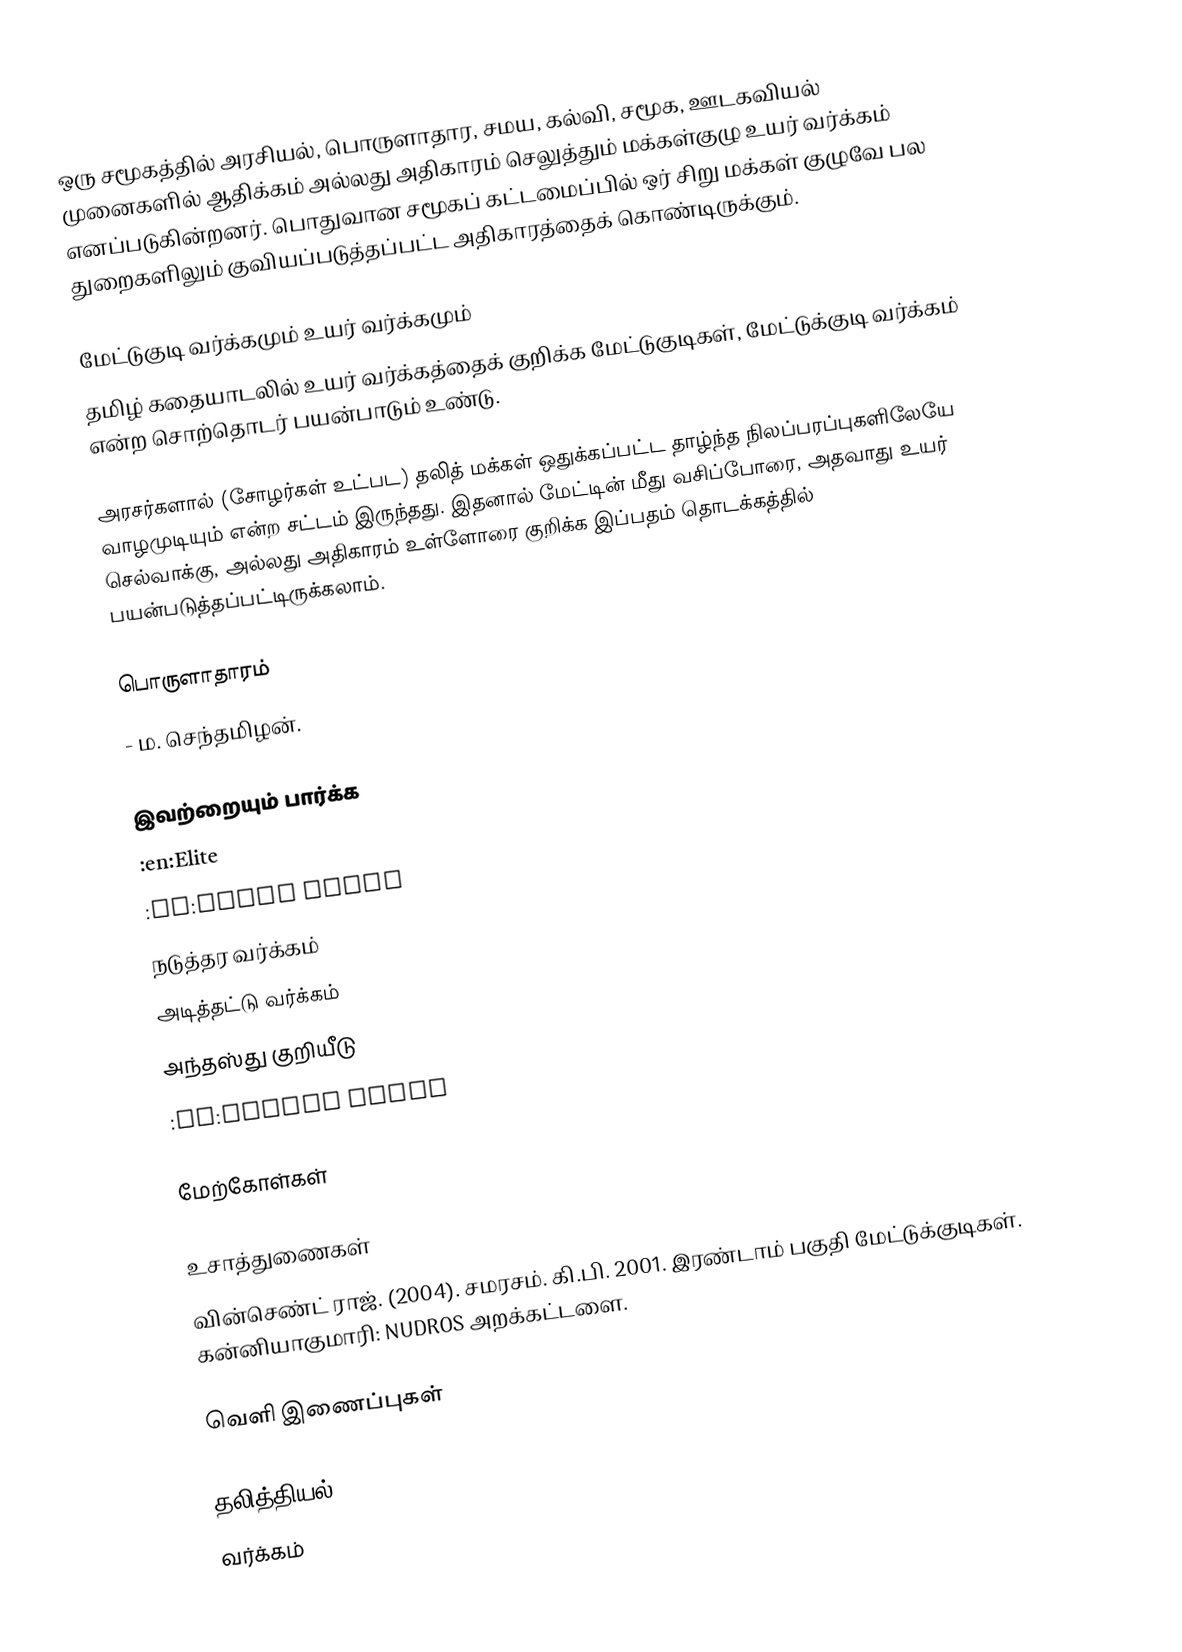
ஒரு சமூகத்தில் அரசியல், பொருளாதார, சமய, கல்வி, சமூக, ஊடகவியல் முனைகளில் ஆதிக்கம் அல்லது அதிகாரம் செலுத்தும் மக்கள்குழு உயர் வர்க்கம் எனப்படுகின்றனர்.  பொதுவான சமூகப் கட்டமைப்பில் ஒர் சிறு மக்கள் குழுவே பல துறைகளிலும் குவியப்படுத்தப்பட்ட அதிகாரத்தைக் கொண்டிருக்கும்.

மேட்டுகுடி வர்க்கமும் உயர் வர்க்கமும்
தமிழ் கதையாடலில் உயர் வர்க்கத்தைக் குறிக்க மேட்டுகுடிகள், மேட்டுக்குடி வர்க்கம் என்ற சொற்தொடர் பயன்பாடும் உண்டு.

அரசர்களால் (சோழர்கள் உட்பட) தலித் மக்கள் ஒதுக்கப்பட்ட தாழ்ந்த நிலப்பரப்புகளிலேயே வாழமுடியும் என்ற சட்டம் இருந்தது.  இதனால் மேட்டின் மீது வசிப்போரை, அதவாது உயர் செல்வாக்கு, அல்லது அதிகாரம் உள்ளோரை குறிக்க இப்பதம் தொடக்கத்தில் பயன்படுத்தப்பட்டிருக்கலாம்.

பொருளாதாரம்
 - ம. செந்தமிழன்.

இவற்றையும் பார்க்க
 :en:Elite
 :en:Upper class
 நடுத்தர வர்க்கம்
 அடித்தட்டு வர்க்கம்
 அந்தஸ்து குறியீடு
 :en:Social class

மேற்கோள்கள்

உசாத்துணைகள்
 வின்செண்ட் ராஜ். (2004). சமரசம். கி.பி. 2001. இரண்டாம் பகுதி மேட்டுக்குடிகள். கன்னியாகுமாரி: NUDROS அறக்கட்டளை.

வெளி இணைப்புகள்

தலித்தியல்
வர்க்கம்